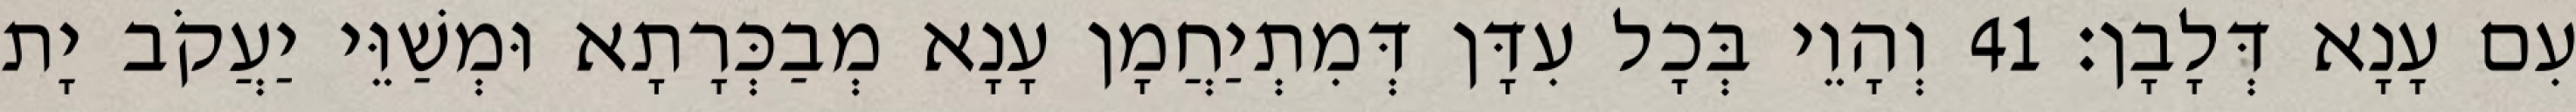
עִם עָנָא דְּלָבָן׃ 41 וְהָוֵי בְּכָל עִדָּן דְּמִתְיַחֲמָן עָנָא מְבַכְּרָתָא וּמְשַׁוֵּי יַעֲקֹב יָת